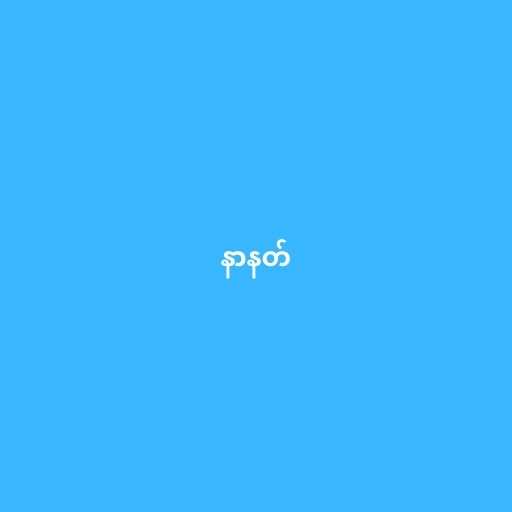
နာနတ်